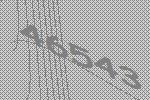
46543